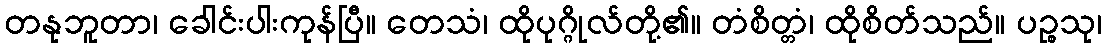
တနုဘူတာ၊ ခေါင်းပါးကုန်ပြီ။ တေသံ၊ ထိုပုဂ္ဂိုလ်တို့၏။ တံစိတ္တံ၊ ထိုစိတ်သည်။ ပဉ္စသု၊